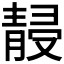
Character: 𱁮